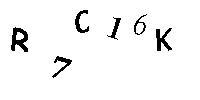
R7C16K